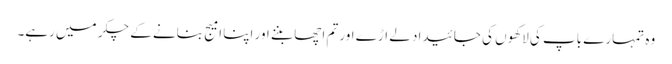
وہ تمہارے باپ کی لاکھوں کی جائیداد لے اڑے اور تم اچھا بننے اور اپنا امیج بنانے کے چکر میں رہے۔